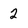
Character: 2